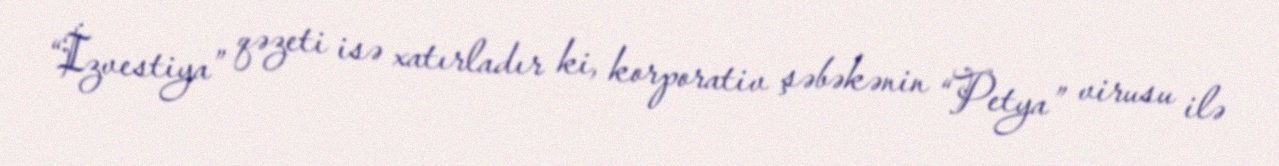
“İzvestiya” qəzeti isə xatırladır ki, korporativ şəbəkənin “Petya” virusu ilə